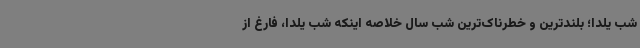
شب یلدا؛ بلندترین و خطرناک‌ترین شب سال خلاصه اینکه شب یلدا، فارغ از